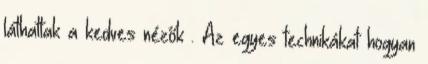
láthattak a kedves nézők . Az egyes technikákat hogyan